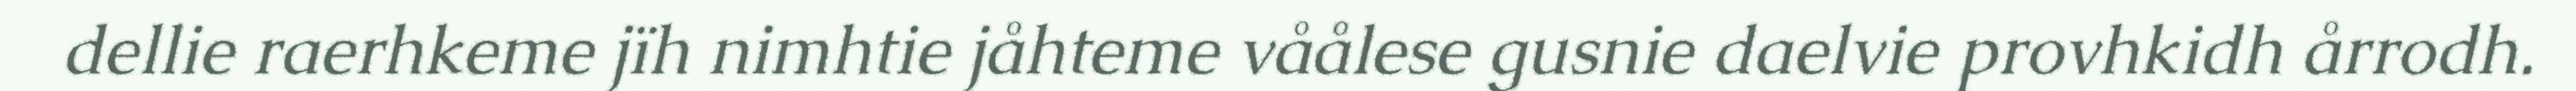
dellie raerhkeme jïh nimhtie jåhteme våålese gusnie daelvie provhkidh årrodh.